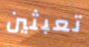
تعبثين